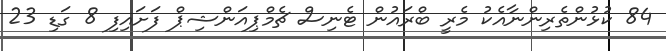
84 ކުޅުންތެރިންނާއެކު މެރީ ބްރައުން ޓެނިސް ޗެމްޕިއަންޝިޕް ފަށައިފި 8 ގަޑި 23